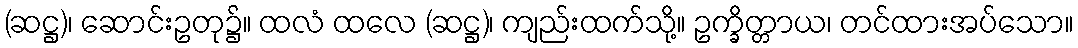
(ဆဋ္ဌ)၊ ဆောင်းဥတု၌။ ထလံ ထလေ (ဆဋ္ဌ)၊ ကျည်းထက်သို့။ ဥက္ခိတ္တာယ၊ တင်ထားအပ်သော။